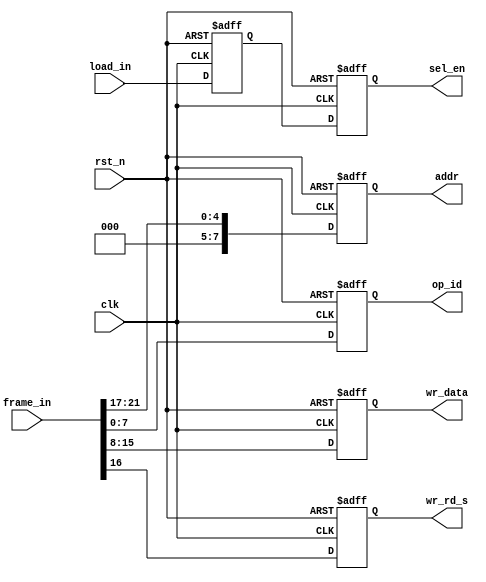
module frame_sif #(
    parameter NUM_SW_INST = 5,
    parameter W_WIDTH = 8,
    parameter FRAME_WIDTH = 32
) (
    input clk, rst_n,
    input [NUM_SW_INST-1:0] load_in,
    input [FRAME_WIDTH-1:0] frame_in,

    output [NUM_SW_INST-1:0] sel_en,
    output [7:0] addr,
    output [W_WIDTH-1:0] wr_data,
    output wr_rd_s,
    output [7:0] op_id
);

    reg [NUM_SW_INST-1:0] sel_en_s_nxt, sel_en_s_ff, sel_en_nxt, sel_en_ff;
    reg [7:0] addr_ff, addr_nxt, op_id_ff, op_id_nxt;
    reg [W_WIDTH-1:0] wr_data_ff, wr_data_nxt;
    reg wr_rd_s_ff, wr_rd_s_nxt;

    always @(*) begin
        sel_en_s_nxt = sel_en_s_ff;
        sel_en_nxt = sel_en_s_ff;
        addr_nxt = addr_ff;
        wr_data_nxt = wr_data_ff;
        wr_rd_s_nxt = wr_rd_s_ff;
        op_id_nxt = op_id_ff;

        //sending out transactions
        sel_en_s_nxt = load_in;
        addr_nxt = {3'b000, frame_in[21:17]};
        wr_rd_s_nxt = frame_in[16];
        wr_data_nxt = frame_in[15:8];
        op_id_nxt = frame_in[7:0];
    end

    always @(posedge clk or negedge rst_n) begin
        if (!rst_n) begin
            sel_en_ff <= 0;
            sel_en_s_ff <= 0;
            addr_ff <= '0;
            wr_data_ff <= '0;
            wr_rd_s_ff <= 1'b0;
            op_id_ff <= '0;
        end 
        else begin
            sel_en_ff <= sel_en_nxt;
            sel_en_s_ff <= sel_en_s_nxt;
            addr_ff <= addr_nxt;
            wr_data_ff <= wr_data_nxt;
            wr_rd_s_ff <= wr_rd_s_nxt;
            op_id_ff <= op_id_nxt;
        end
    end

    assign sel_en = sel_en_ff;
    assign addr = addr_ff;
    assign wr_data = wr_data_ff;
    assign wr_rd_s = wr_rd_s_ff;
    assign op_id = op_id_ff;//op_id must arrive at the same time with sel_en to the rx
endmodule